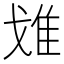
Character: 𨾓